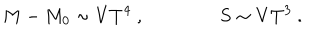
M - M _ { 0 } \sim V T ^ { 4 } \ , \qquad \qquad S \sim V T ^ { 3 } \ .